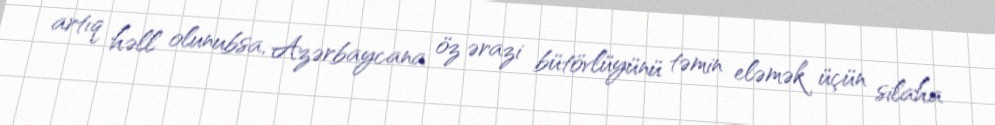
artıq həll olunubsa, Azərbaycana öz ərazi bütövlüyünü təmin eləmək üçün silaha